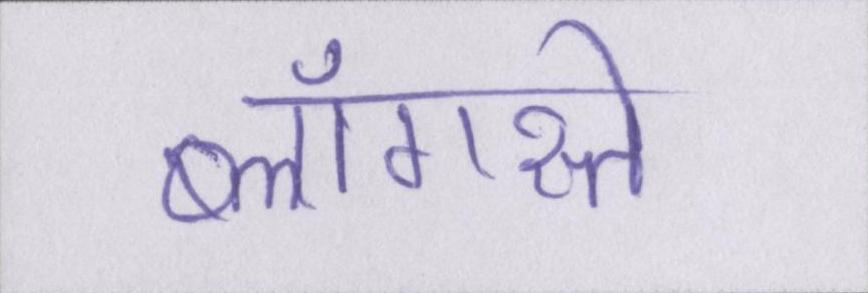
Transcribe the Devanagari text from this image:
ब्लॉगस्ते